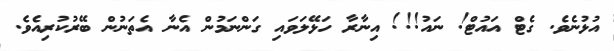
އުޅުނެވެ. ގެޓް އައުޓް! ނައު!!! އިނާރާ ހަޅޭލަވައި ގަންނަމުން އެނާ އެތަނުން ބޭރުކުރިއެވެ.